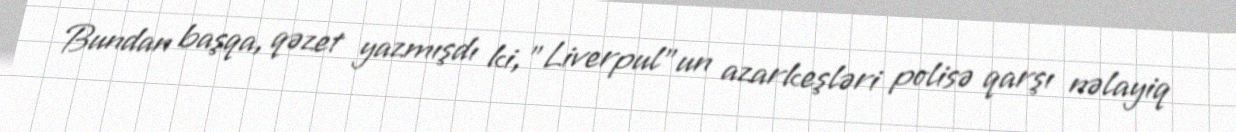
Bundan başqa, qəzet yazmışdı ki, "Liverpul"un azarkeşləri polisə qarşı nəlayiq